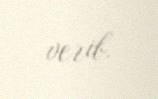
verib.